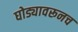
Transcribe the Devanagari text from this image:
घोड्यावरूनच